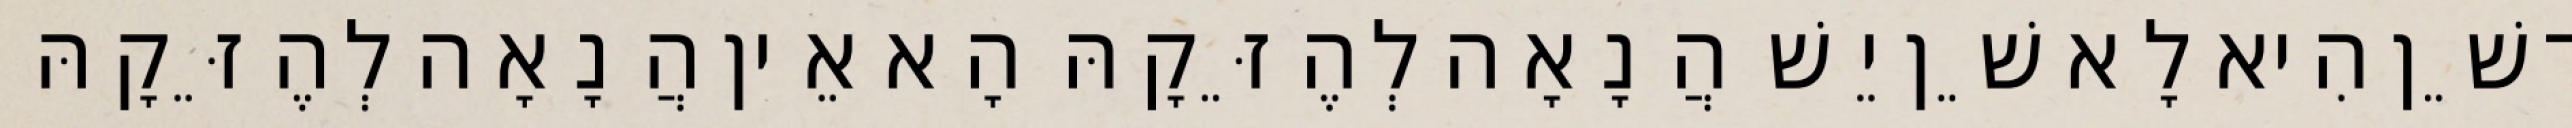
דְשֵׁן הִיא לָא שֵׁן יֵשׁ הֲנָאָה לְהֶזֵּקָהּ הָא אֵין הֲנָאָה לְהֶזֵּקָהּ